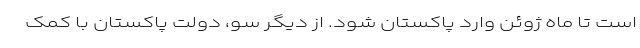
است تا ماه ژوئن وارد پاکستان شود. از دیگر سو، دولت پاکستان با کمک